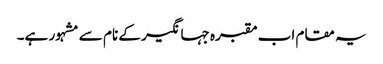
یہ مقام اب مقبرہ جہانگیر کے نام سے مشہور ہے۔